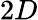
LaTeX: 2D